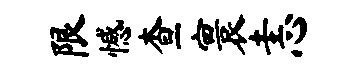
限憾查寰恚